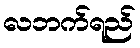
လဘက်ရည်